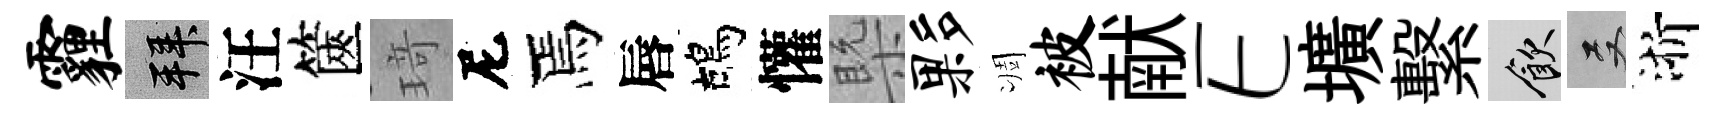
霾拜汪篋𤦺尼焉唇鴣懽槩夥凋被献E壙繫飲双浙